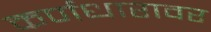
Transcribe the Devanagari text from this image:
कर्णधारावर